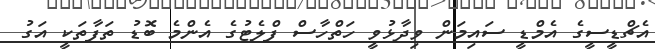
އެޗްޑީސީގެ އެމްޑީ ސައިމަން ވިދާޅުވީ ހަތްހާސް ފްލެޓުގެ އެންމެ ބޮޑު ތަފާތަކީ އަގު